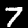
Digit: 7